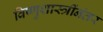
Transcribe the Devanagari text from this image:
विष्णुशास्त्रींनंतर